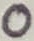
Text: 0